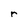
Character: r